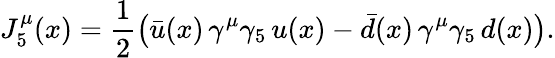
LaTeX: J_{5}^{\mu}(x)=\frac 12\bigl(\bar{u}(x)\, \gamma^{\mu}\gamma_{5}\, u(x)-\bar{d}(x)\, \gamma^{\mu}\gamma_{5}\, d(x)\bigr).